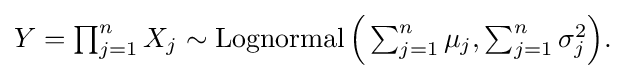
{\textstyle Y=\prod _{j=1}^{n}X_{j}\sim \operatorname {Lognormal} {\Big (}\sum _{j=1}^{n}\mu _{j},\sum _{j=1}^{n}\sigma _{j}^{2}{\Big )}.}